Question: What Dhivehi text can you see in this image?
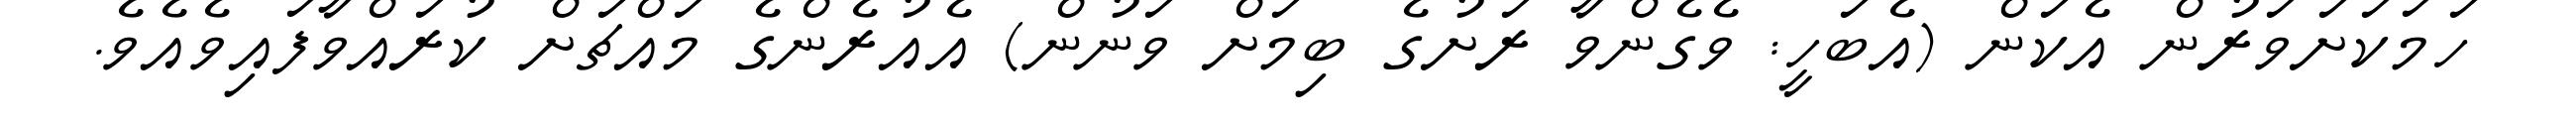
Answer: ހަމަކަށަވަރުން އެކަން (އެބަހީ: ވެގެންވާ ރަށުގެ ބިމަށް ވަނުން) އެއުރެންގެ މައްޗަށް ކުރައްވާފައިވެއެވެ.